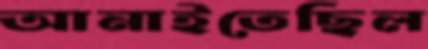
আনাইতেছিল